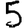
Digit: 5